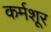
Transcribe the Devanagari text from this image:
कर्मशूर